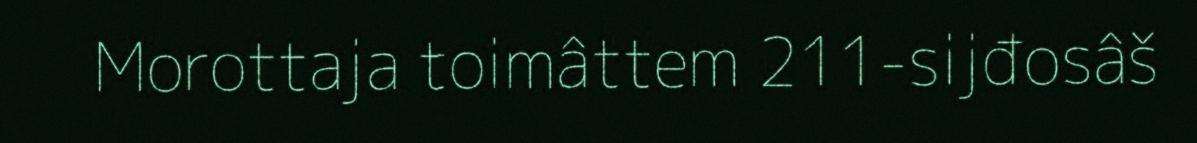
Morottaja toimâttem 211-sijđosâš